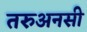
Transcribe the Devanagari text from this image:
तरुअनसी